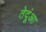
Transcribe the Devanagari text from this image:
तेदूंआ